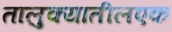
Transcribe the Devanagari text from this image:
तालुक्यातीलएक